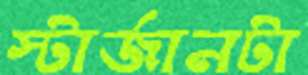
স্টার্জানটা